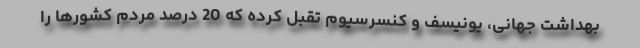
بهداشت جهانی، یونیسف و کنسرسیوم تقبل کرده که 20 درصد مردم کشورها را